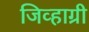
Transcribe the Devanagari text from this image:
जिव्हाग्री